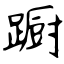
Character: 蹰